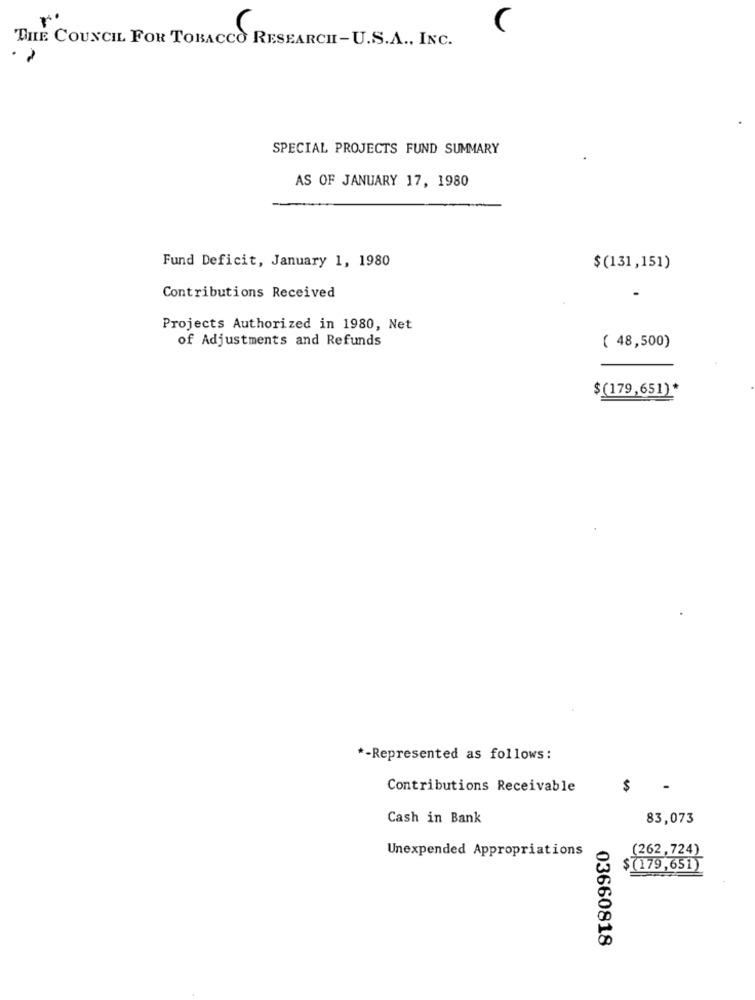
r
C
THE COUNCIL FOR TOBACCO RESEARCH-U.S.A ., INC.
SPECIAL PROJECTS FUND SUMMARY
AS OF JANUARY 17, 1980
Fund Deficit, January 1, 1980
$ (131,151)
Contributions Received
Projects Authorized in 1980, Net
of Adjustments and Refunds
( 48,500)
$(179,651)*
*- Represented as follows :
Contributions Receivable
$
Cash in Bank
83,073
Unexpended Appropriations
(262,724)
$(179,651)
03660818